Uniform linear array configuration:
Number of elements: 8
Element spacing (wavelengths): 0.5
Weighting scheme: hann
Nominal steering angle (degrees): -15
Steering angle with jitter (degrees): -15.392
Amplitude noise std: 0.05
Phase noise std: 0.05

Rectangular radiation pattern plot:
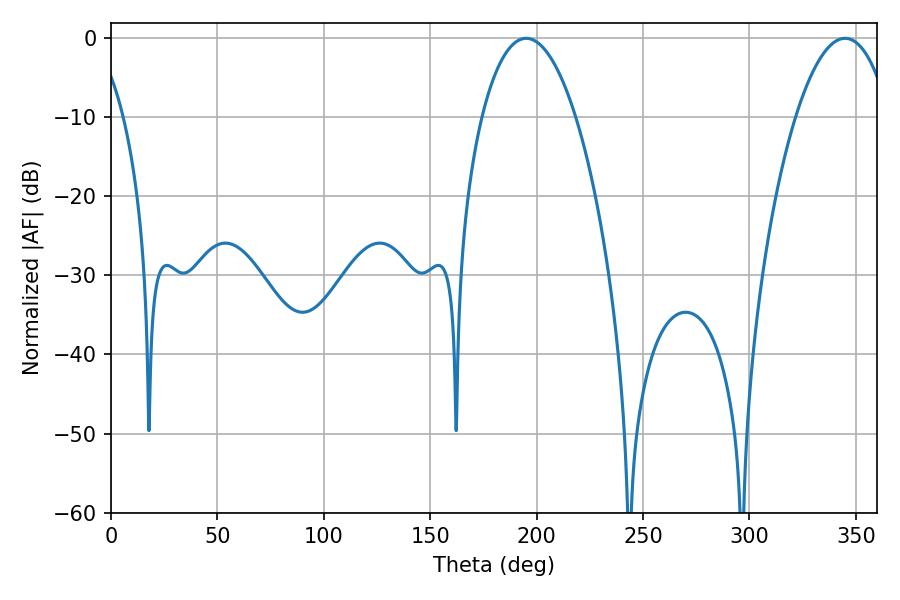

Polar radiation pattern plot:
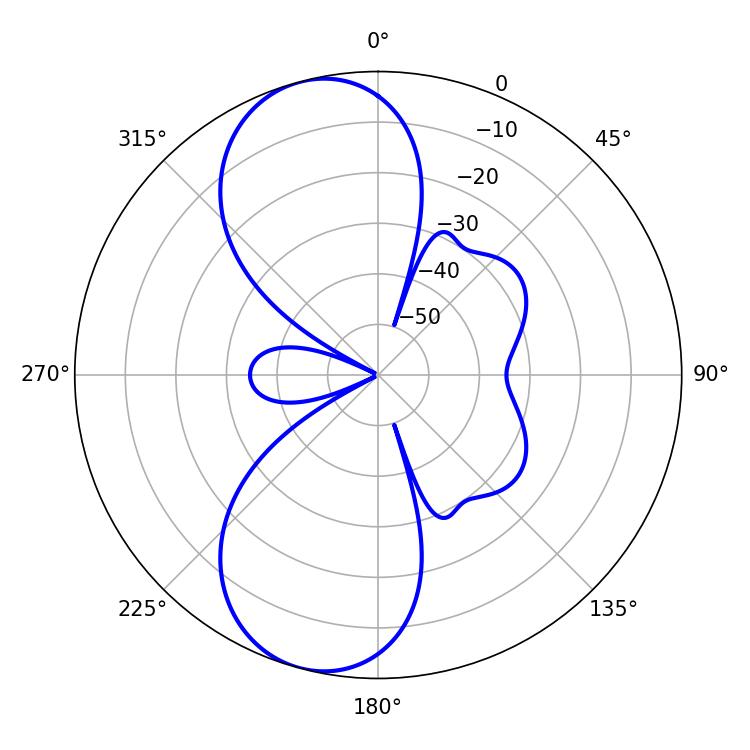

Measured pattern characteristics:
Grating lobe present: FALSE
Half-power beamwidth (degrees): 24.48
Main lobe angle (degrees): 195.12